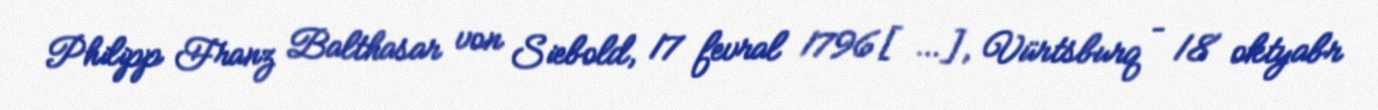
Philipp Franz Balthasar von Siebold, 17 fevral 1796[…], Vürtsburq – 18 oktyabr